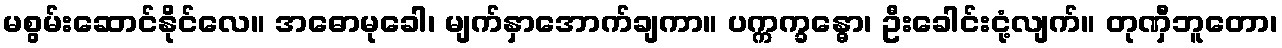
မစွမ်းဆောင်နိုင်လေ။ အဓောမုခေါ၊ မျက်နှာအောက်ချကာ။ ပက္ကက္ခန္ဓော၊ ဦးခေါင်းငုံ့လျက်။ တုဏှီဘူတော၊